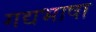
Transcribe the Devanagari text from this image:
गद्यभाषा